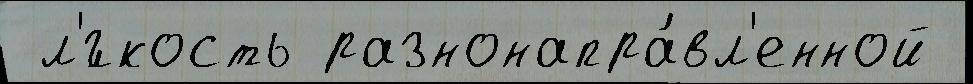
 л'́гкость разнонапра́вл'енной